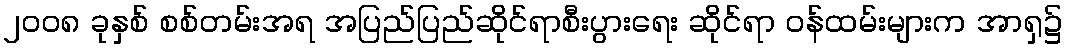
၂၀၀၈ ခုနှစ် စစ်တမ်းအရ အပြည်ပြည်ဆိုင်ရာစီးပွားရေး ဆိုင်ရာ ဝန်ထမ်းများက အာရှ၌